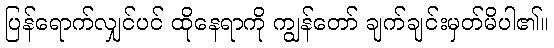
ပြန်ရောက်လျှင်ပင် ထိုနေရာကို ကျွန်တော် ချက်ချင်းမှတ်မိပါ၏။